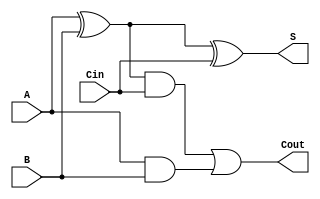
module FullAdder (S,Cout,A,B,Cin);
   output S,Cout;
   input A,B,Cin;

   xor 	g1(Xor_A_B,A,B);
   xor 	g2(S,Xor_A_B,Cin);
   and 	g3(And_AB_Cin,Xor_A_B,Cin);
   and 	g4(And_A_B,A,B);
   or  	g5(Cout,And_AB_Cin,And_A_B);

endmodule